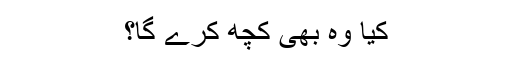
کیا وہ بھی کچھ کرے گا؟